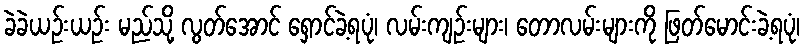
ခဲခဲယဉ်းယဉ်း မည်သို့ လွတ်အောင် ရှောင်ခဲ့ရပုံ၊ လမ်းကျဉ်းများ၊ တောလမ်းများကို ဖြတ်မောင်းခဲ့ရပုံ၊